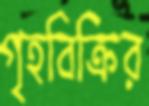
গৃহবিক্রির